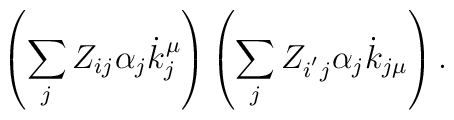
\left( \sum\limits_jZ_{ij}\alpha _j\dot{k}_j^\mu \right) \left(\sum\limits_jZ_{i^{^{\prime }}j}\alpha _j\dot{k}_{j\mu }\right) .